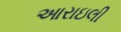
આરાઇલી